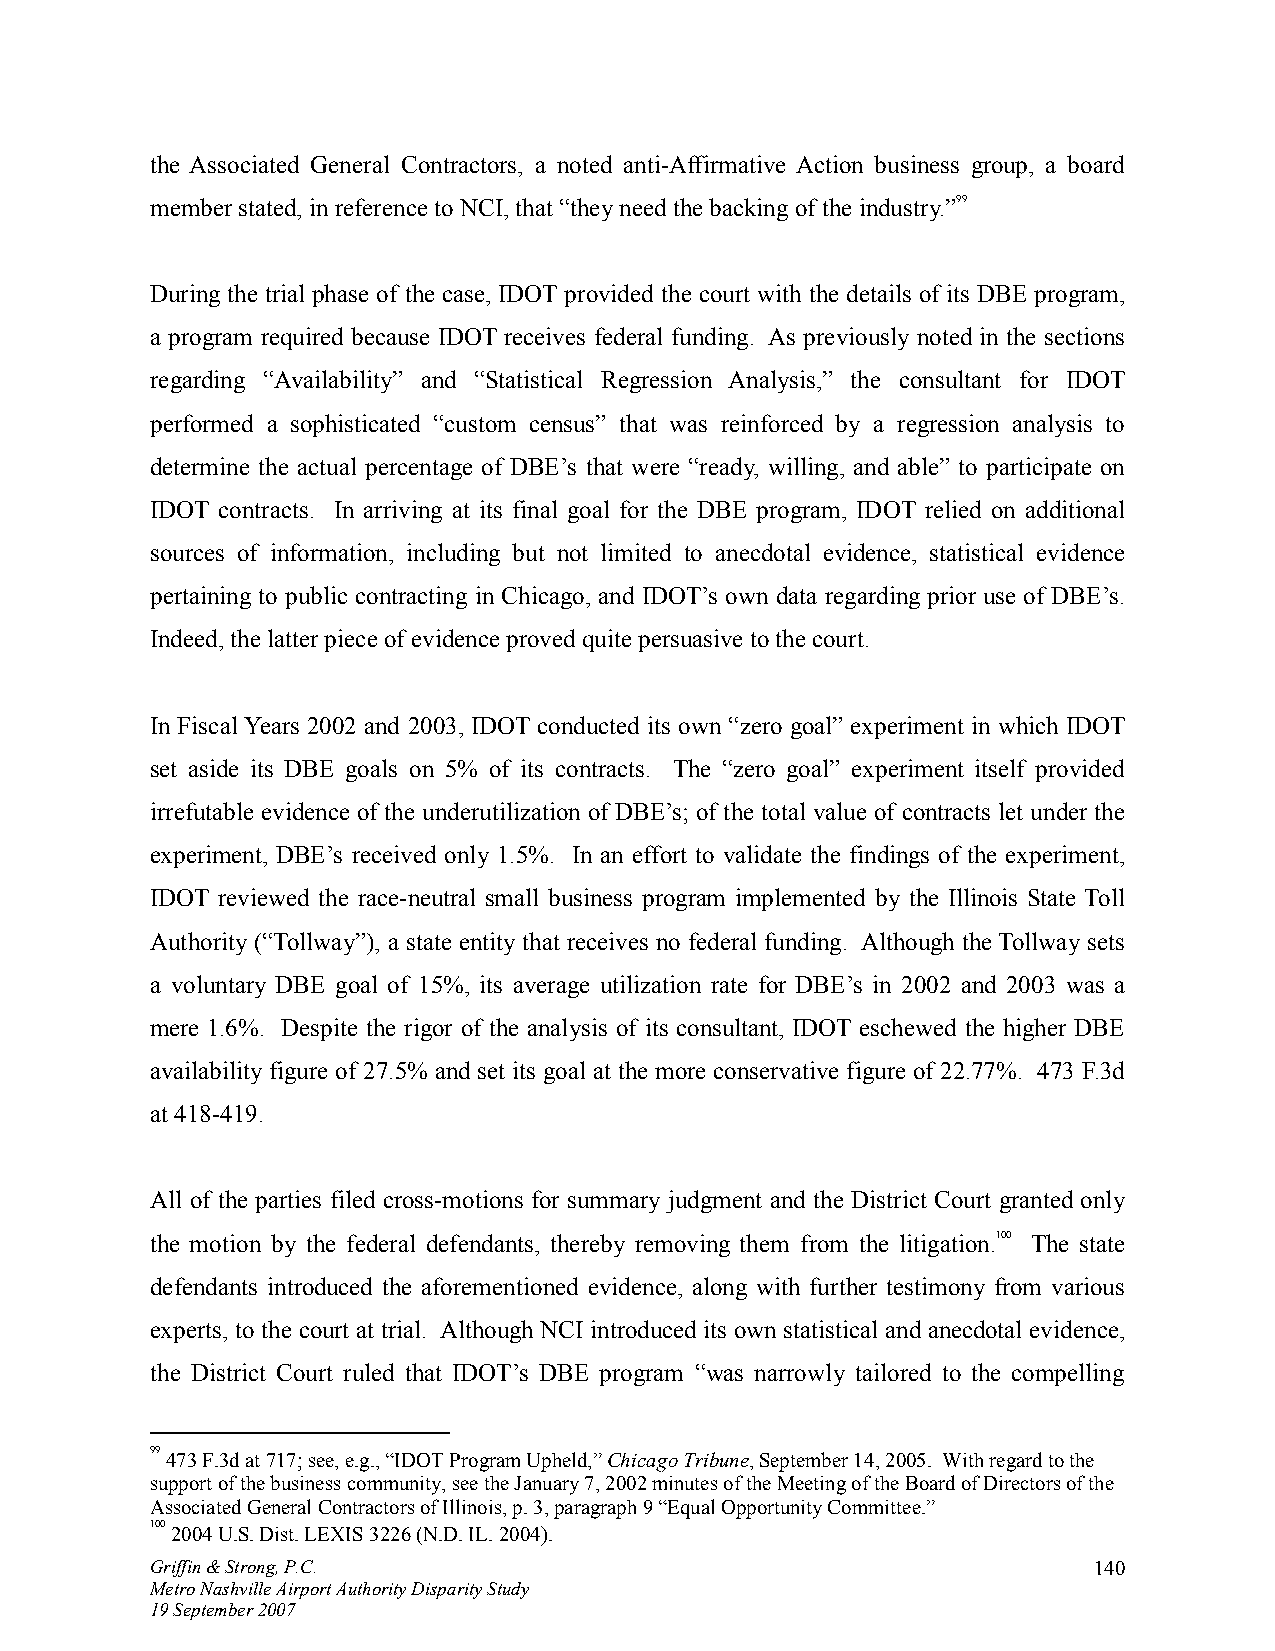
the Associated General Contractors, a noted anti-Affirmative Action business group, a board
 member stated, in reference to NCI, that “they need the backing of the industry.”99
 During the trial phase of the case, IDOT provided the court with the details of its DBE program,
 a program required because IDOT receives federal funding. As previously noted in the sections
 regarding “Availability” and “Statistical Regression Analysis,” the consultant for IDOT
 performed a sophisticated “custom census” that was reinforced by a regression analysis to
 determine the actual percentage of DBE’s that were “ready, willing, and able” to participate on
 IDOT contracts. In arriving at its final goal for the DBE program, IDOT relied on additional
 sources of information, including but not limited to anecdotal evidence, statistical evidence
 pertaining to public contracting in Chicago, and IDOT’s own data regarding prior use of DBE’s.
 Indeed, the latter piece of evidence proved quite persuasive to the court.
 In Fiscal Years 2002 and 2003, IDOT conducted its own “zero goal” experiment in which IDOT
 set aside its DBE goals on 5% of its contracts. The “zero goal” experiment itself provided
 irrefutable evidence of the underutilization of DBE’s; of the total value of contracts let under the
 experiment, DBE’s received only 1.5%. In an effort to validate the findings of the experiment,
 IDOT reviewed the race-neutral small business program implemented by the Illinois State Toll
 Authority (“Tollway”), a state entity that receives no federal funding. Although the Tollway sets
 a voluntary DBE goal of 15%, its average utilization rate for DBE’s in 2002 and 2003 was a
 mere 1.6%. Despite the rigor of the analysis of its consultant, IDOT eschewed the higher DBE
 availability figure of 27.5% and set its goal at the more conservative figure of 22.77%. 473 F.3d
 at 418-419.
 All of the parties filed cross-motions for summary judgment and the District Court granted only
 the motion by the federal defendants, thereby removing them from the litigation.100 The state
 defendants introduced the aforementioned evidence, along with further testimony from various
 experts, to the court at trial. Although NCI introduced its own statistical and anecdotal evidence,
 the District Court ruled that IDOT’s DBE program “was narrowly tailored to the compelling
 99 473 F.3d at 717; see, e.g., “IDOT Program Upheld,” Chicago Tribune, September 14, 2005. With regard to the
 support of the business community, see the January 7, 2002 minutes of the Meeting of the Board of Directors of the
 Associated General Contractors of Illinois, p. 3, paragraph 9 “Equal Opportunity Committee.”
 100 2004 U.S. Dist. LEXIS 3226 (N.D. IL. 2004).
 Griffin & Strong, P.C.                                        140
 Metro Nashville Airport Authority Disparity Study
 19 September 2007